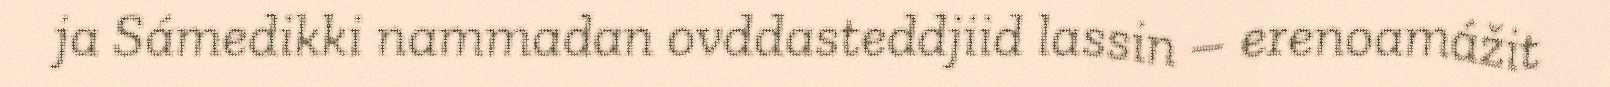
ja Sámedikki nammadan ovddasteddjiid lassin – erenoamážit